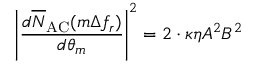
\left| \frac { d \overline { N } _ { \mathrm { A C } } ( m \Delta f _ { r } ) } { d \theta _ { m } } \right| ^ { 2 } = 2 \cdot \kappa \eta A ^ { 2 } B ^ { 2 }